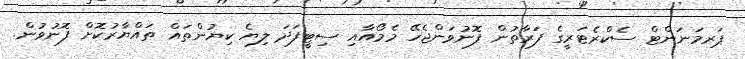
ޕަރމަނަންޓް ސެކްރެޓަރީގެ ފަރާތުން ފޮނުވަންޖެހޭ މެމޯއާއި ސިޓީފަދަ ލިޔެ ކިޔުންތައް ތައްޔާރުކޮށް ފޮނުވުން.